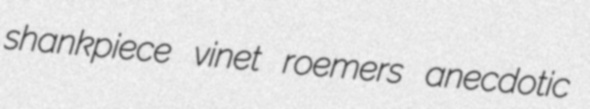
shankpiece vinet roemers anecdotic